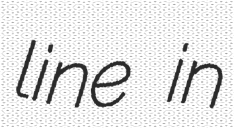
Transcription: line in